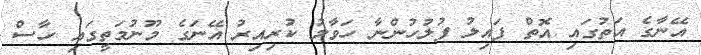
އޭނާގެ އަތުގައި އޮތް ފައިލު ފުލުހުންނާ ހަވާލު ކުރިއިރު އޭނަގެ މޫނުމަތީގައި ހާސް